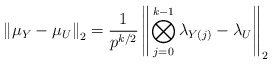
\begin{align*}\left\| \mu_Y - \mu_U \right\|_2& = \frac{1}{p^{k/2}} \left\| \bigotimes_{j=0}^{k-1} \lambda_{Y(j)} - \lambda_U \right\|_2\end{align*}